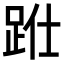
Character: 𨀋